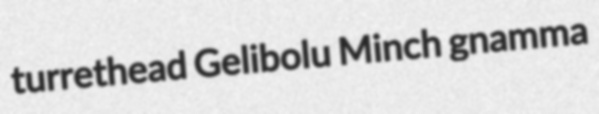
turrethead Gelibolu Minch gnamma